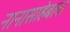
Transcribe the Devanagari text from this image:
नानासाहेबला